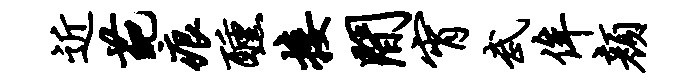
近葩痕醺接间宵武侔颜